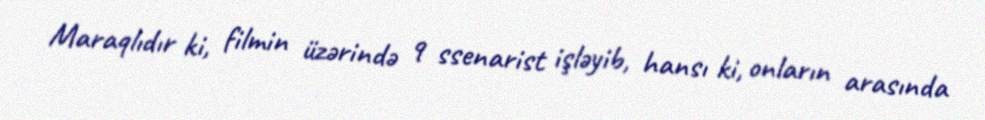
Maraqlıdır ki, filmin üzərində 9 ssenarist işləyib, hansı ki, onların arasında